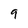
Character: 9